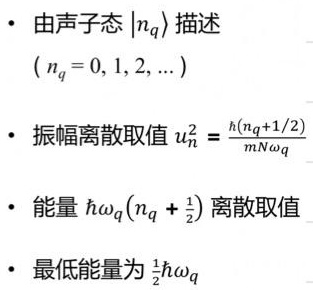
- 由声子态 $|n_q\rangle$ 描述
  $(n_q = 0, 1, 2, \ldots)$
- 振幅离散取值 $u_n^2 = \frac{\hbar(n_q + 1/2)}{mN\omega_q}$
- 能量 $\hbar\omega_q(n_q + \frac{1}{2})$ 离散取值
- 最低能量为 $\frac{1}{2}\hbar\omega_q$